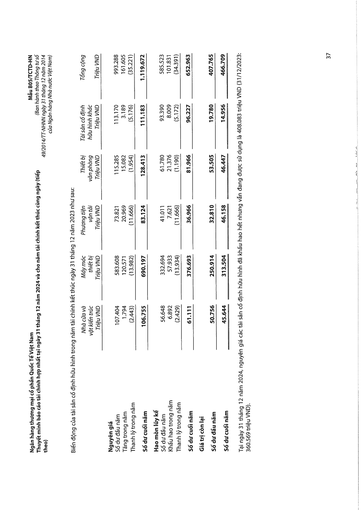
||Nhà cửa và vật kiến trúc Triệu VND|Máy móc thiết bị Triệu VND|Phương tiện vận tải Triệu VND|Thiết bị văn phòng Triệu VND|Tài sản cố định hữu hình khác Triệu VND|Tổng cộng Triệu VND| |---|---|---|---|---|---|---| |Nguyên giá||||||| |Số dư đầu năm|107.404|583.608|73.821|115.285|113.170|993.288| |Tăng trong năm|1.794|120.571|20.969|15.082|3.189|161.605| |Thanh lý trong năm|(2.443)|(13.982)|(11.666)|(1.954)|(5.176)|(35.221)| |Số dư cuối năm|106.755|690.197|83.124|128.413|111.183|1.119.672| |Hao mòn lũy kế||||||| |Số dư đầu năm|56.648|332.694|41.011|61.780|93.390|585.523| |Khấu hao trong năm|6.892|57.933|7.621|21.376|8.009|101.831| |Thanh lý trong năm|(2.429)|(13.934)|(11.666)|(1.190)|(5.172)|(34.391)| |Số dư cuối năm|61.111|376.693|36.966|81.966|96.227|652.963| |Giá trị còn lại||||||| |Số dư đầu năm|50.756|250.914|32.810|53.505|19.780|407.765| |Số dư cuối năm|45.644|313.504|46.158|46.447|14.956|466.709|